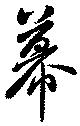
幕